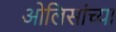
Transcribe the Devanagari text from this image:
ओलिसांच्या